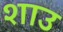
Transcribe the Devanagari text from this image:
शाउ